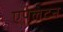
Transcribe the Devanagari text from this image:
एपलटन